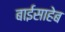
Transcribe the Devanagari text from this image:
बाईसाहेब